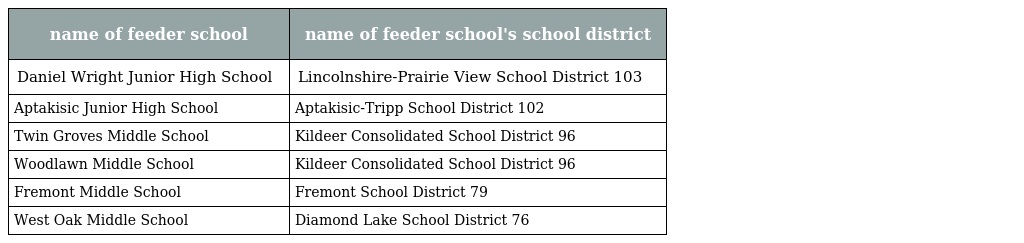
| name of feeder school | name of feeder school's school district |
 | --- | --- |
 | Daniel Wright Junior High School | Lincolnshire-Prairie View School District 103 |
 | Aptakisic Junior High School | Aptakisic-Tripp School District 102 |
 | Twin Groves Middle School | Kildeer Consolidated School District 96 |
 | Woodlawn Middle School | Kildeer Consolidated School District 96 |
 | Fremont Middle School | Fremont School District 79 |
 | West Oak Middle School | Diamond Lake School District 76 |